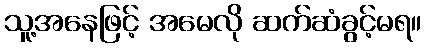
သူ့အနေဖြင့် အမေလို ဆက်ဆံခွင့်မရ။